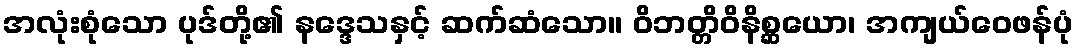
အလုံးစုံသော ပုဒ်တို့၏ နဒ္ဒေသနှင့် ဆက်ဆံသော။ ဝိဘတ္တိဝိနိစ္ဆယော၊ အကျယ်ဝေဖန်ပုံ